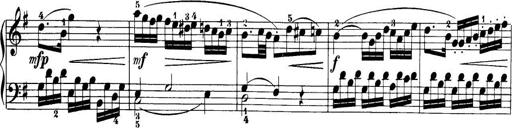
Title: 32 Sonatinas and Rondos for the Piano
Composer: Richard Kleinmichel